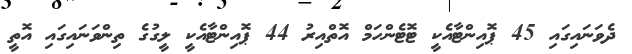
ދެވަނައިގައި 45 ޕޮއިންޓާއެކީ ޓޮޓެންހަމް އޮތްއިރު 44 ޕޮއިންޓާއެކީ ލީގުގެ ތިންވަނައިގައި އޮތީ